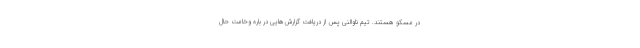
در مسکو هستند. تیم ناوالنی پس از دریافت گزارش‌هایی در باره وخامت حال